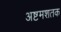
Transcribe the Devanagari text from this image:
अष्टमशतक